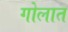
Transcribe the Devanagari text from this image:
गोलात